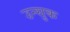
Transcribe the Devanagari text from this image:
उन्सुक